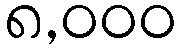
၈,၀၀၀